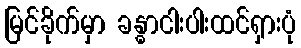
မြင်ခိုက်မှာ ခန္ဓာငါးပါးထင်ရှားပုံ